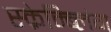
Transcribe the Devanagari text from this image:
स्क्रेम्ब्लिंग